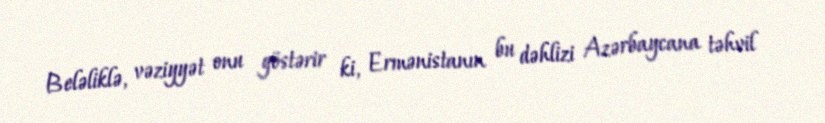
Beləliklə, vəziyyət onu göstərir ki, Ermənistanın bu dəhlizi Azərbaycana təhvil